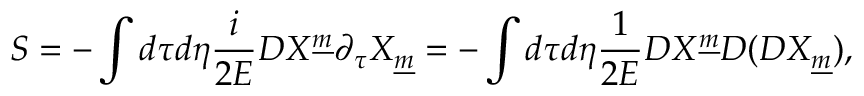
S = - \int d \tau d \eta { \frac { i } { 2 E } } D X ^ { \underline { { m } } } \partial _ { \tau } X _ { \underline { { m } } } = - \int d \tau d \eta { \frac { 1 } { 2 E } } D X ^ { \underline { { m } } } D ( D X _ { \underline { { m } } } ) ,